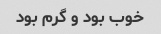
خوب بود و گرم بود